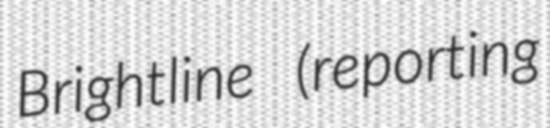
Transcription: Brightline (reporting